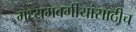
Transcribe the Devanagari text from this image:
मध्यमवर्गीयांसाठीच